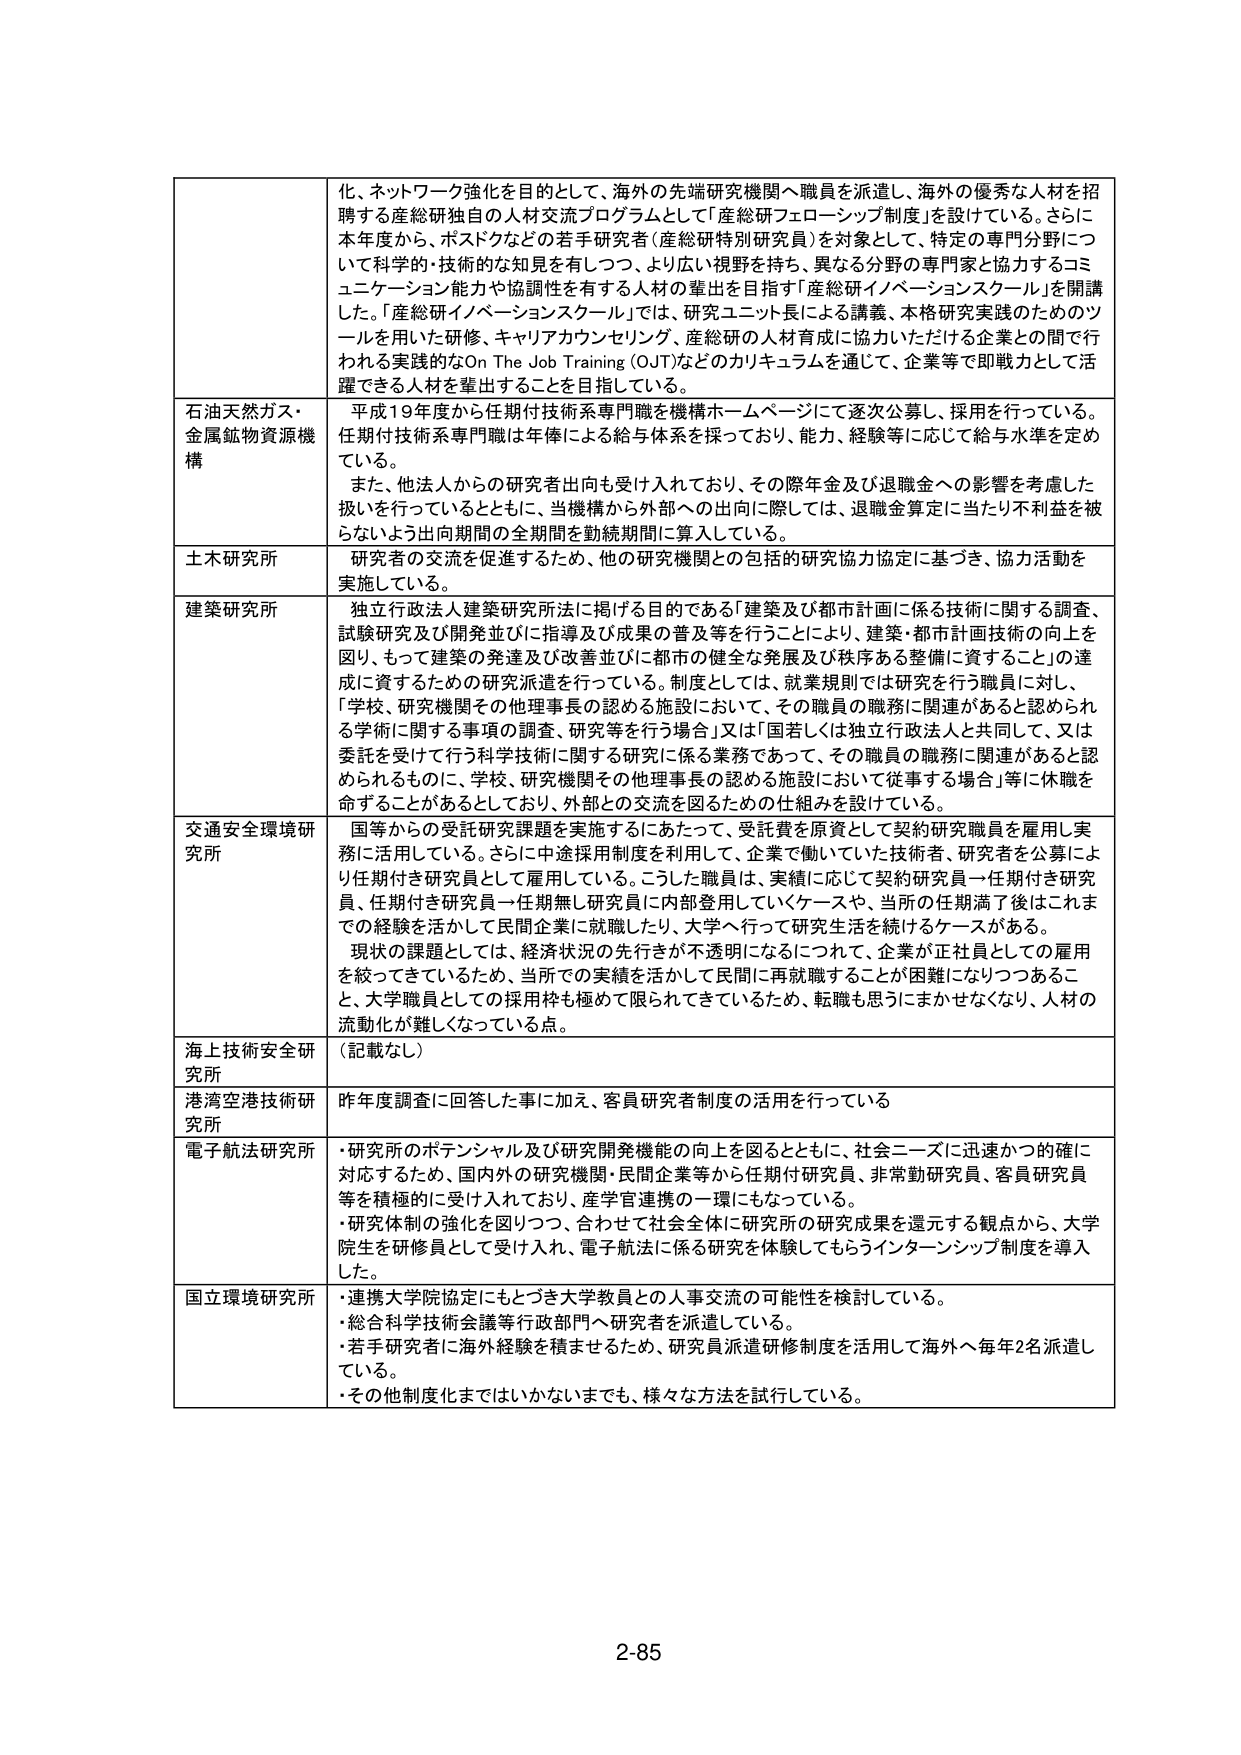
化、ネットワーク強化を目的として、海外の先端研究機関へ職員を派遣し、海外の優秀な人材を招聘する産総研独自の人材交流プログラムとして「産総研フェローシップ制度」を設けている。さらに本年度から、ポスドクなどの若手研究者（産総研特別研究員）を対象として、特定の専門分野について科学的・技術的な知見を有しつつ、より広い視野を持ち、異なる分野の専門家と協力するコミュニケーション能力や協調性を有する人材の輩出を目指す「産総研イノベーションスクール」を開講した。「産総研イノベーションスクール」では、研究ユニット長による講義、本格研究実践のためのツールを用いた研修、キャリアカウンセリング、産総研の人材育成に協力いただける企業との間で行われる実践的なOn The Job Training (OJT)などのカリキュラムを通じて、企業等で即戦力として活躍できる人材を輩出することを目指している。

石油天然ガス・金属鉱物資源機構
平成19年度から任期付技術系専門職を機構ホームページにて逐次公募し、採用を行っている。任期付技術系専門職は年俸による給与体系を採っており、能力、経験等に応じて給与水準を定めている。
また、他法人からの研究者出向も受け入れており、その際年金及び退職金への影響を考慮した扱いを行っているとともに、当機構から外部への出向時には、退職金算定に当たり不利益を被らないよう出向期間の全期間を勤続期間に算入している。

土木研究所
研究者の交流を促進するため、他の研究機関との包括的研究協力協定に基づき、協力活動を実施している。

建築研究所
独立行政法人建築研究所法に掲げる目的である「建築及び都市計画に係る技術に関する調査、試験研究及び開発並びに指導及び成果の普及等を行うことにより、建築・都市計画技術の向上を図り、もって建築の発達及び改善並びに都市の健全な発展及び秩序ある整備に資すること」の達成に資するための研究派遣を行っている。制度としては、就業規則では研究を行う職員に対し、「学校、研究機関その他理事長の認める施設において、その職員の職務に関連があると認められる学術に関する事項の調査、研究等を行う場合」又は「国若しくは独立行政法人と共同して、又は委託を受けて行う科学技術に関する研究に係る業務であって、その職員の職務に関連があると認められるものに、学校、研究機関その他理事長の認める施設において従事する場合」等に休職を命じることがあるとしており、外部との交流を図るための仕組みを設けている。

交通安全環境研究所
国等からの受託研究課題を実施するにあたって、受託費を原資として契約研究職員を雇用し実務に活用している。さらに中途採用制度を利用して、企業で働いていた技術者、研究者を公募により任期付き研究員として雇用している。こうした職員は、実績に応じて契約研究員→任期付き研究員、任期付き研究員→任期無し研究員に内部登用していくケースや、当所の任期満了後はこれまでの経験を活かして民間企業に就職したり、大学へ行って研究生活を続けるケースがある。
現状の課題としては、経済状況の先行きが不透明になるにつれて、企業が正社員としての雇用を絞ってきているため、当所での実績を活かして民間に再就職することが困難になりつつあること、大学職員としての採用枠も極めて限られてきているため、転職も思うにまかせなくなり、人材の流動化が難しくなっている点。

海上技術安全研究所
（記載なし）

港湾空港技術研究所
昨年度調査に回答した事に加え、客員研究者制度の活用を行っている

電子航法研究所
・研究所のポテンシャル及び研究開発機能の向上を図るとともに、社会ニーズに迅速かつ的確に対応するため、国内外の研究機関・民間企業等から任期付研究員、非常勤研究員、客員研究員等を積極的に受け入れており、産学官連携の一環にもなっている。
・研究体制の強化を図りつつ、合わせて社会全体に研究所の研究成果を還元する観点から、大学院生を研修員として受け入れ、電子航法に係る研究を体験してもらうインターンシップ制度を導入した。

国立環境研究所
・連携大学院協定にもとづき大学教員との人事交流の可能性を検討している。
・総合科学技術会議等行政部門へ研究者を派遣している。
・若手研究者に海外経験を積ませるため、研究員派遣研修制度を活用して海外へ毎年2名派遣している。
・その他制度化まではいかないまでも、様々な方法を試行している。

2-85